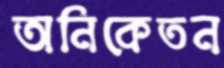
অনিকেতন